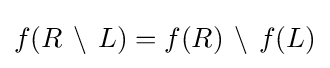
f(R\,\setminus \,L)=f(R)\,\setminus \,f(L)